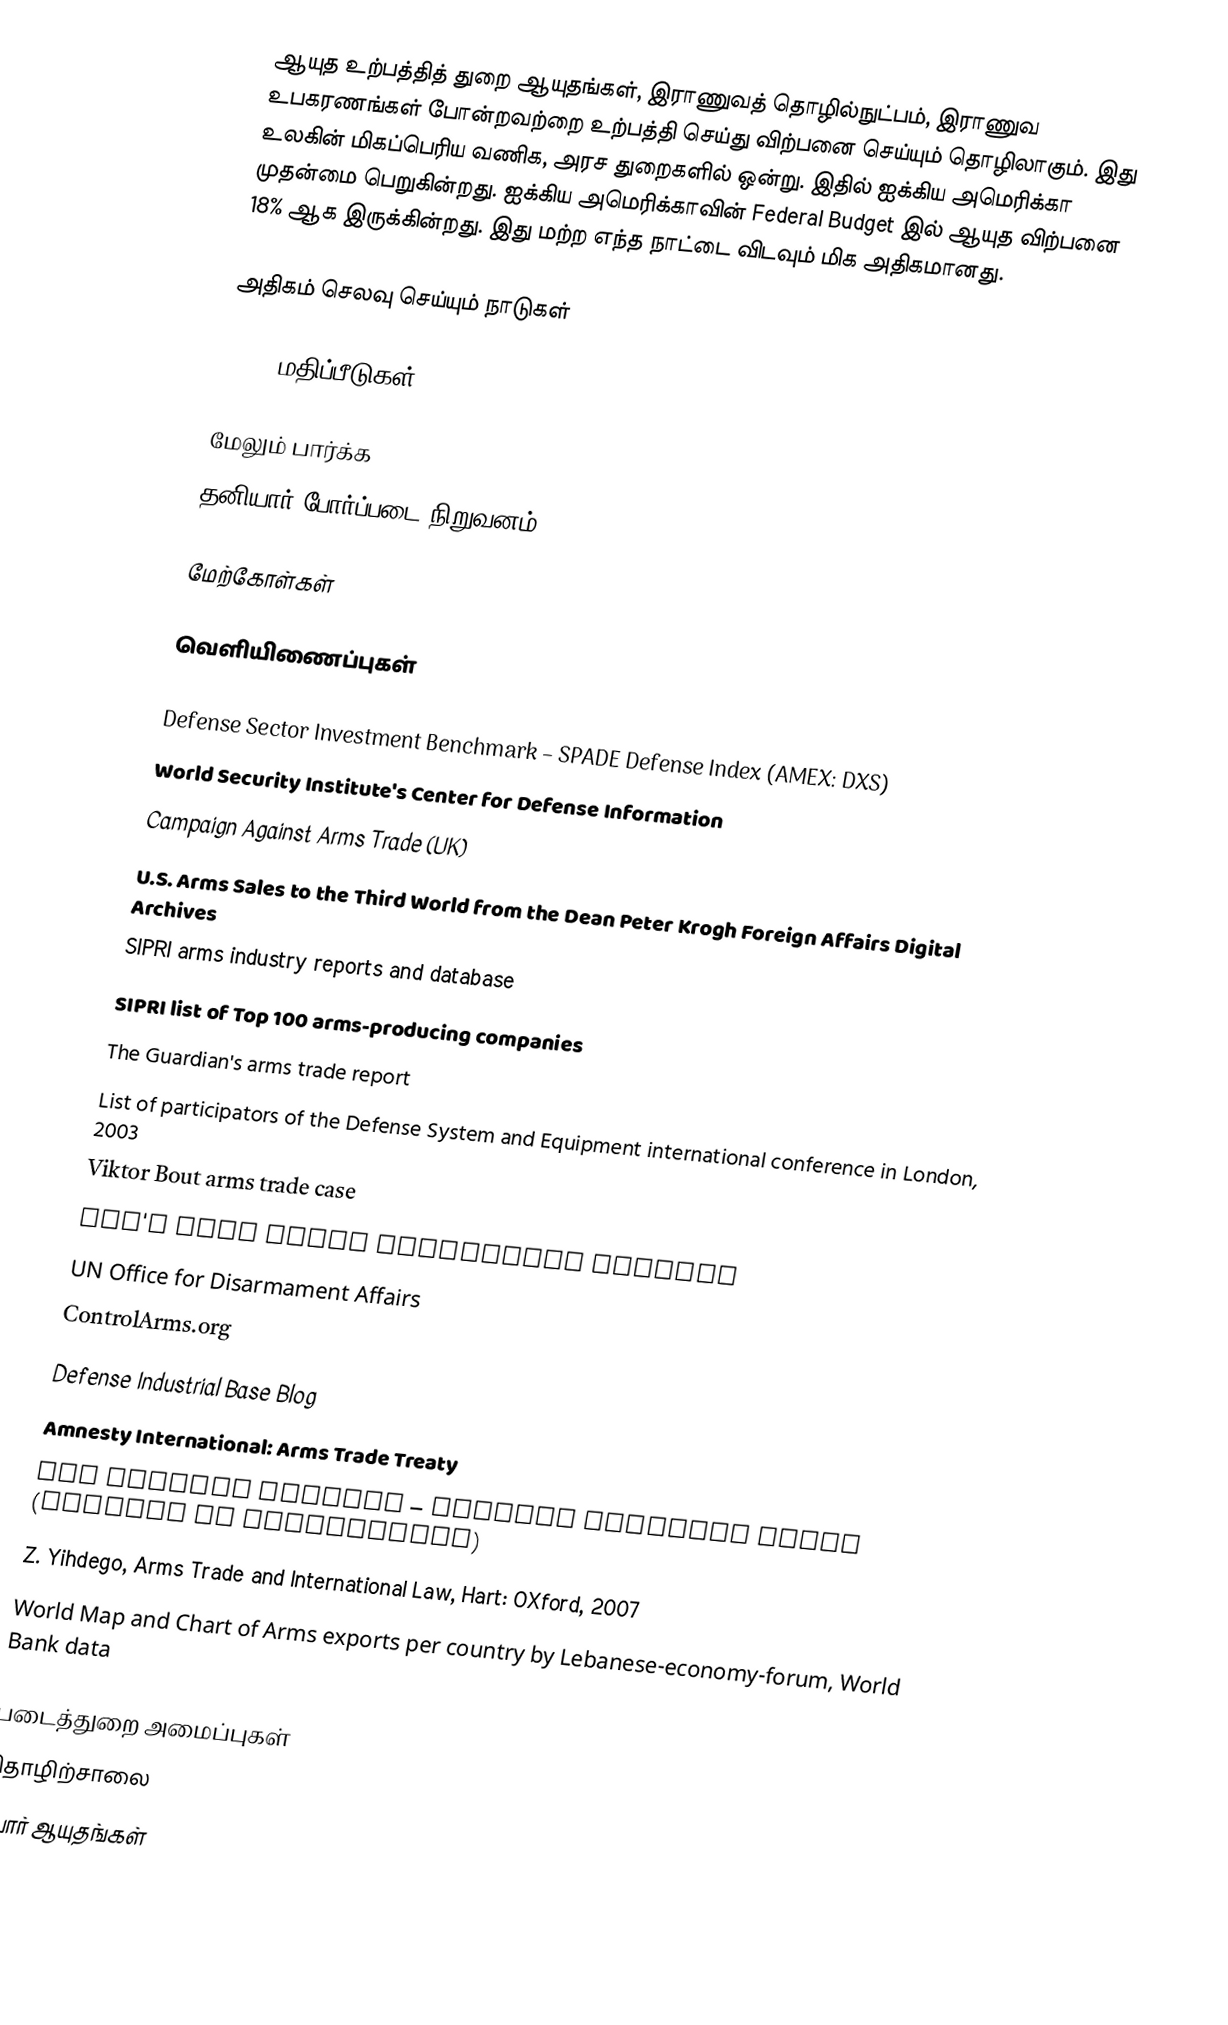
ஆயுத உற்பத்தித் துறை ஆயுதங்கள், இராணுவத் தொழில்நுட்பம், இராணுவ உபகரணங்கள் போன்றவற்றை உற்பத்தி செய்து விற்பனை செய்யும் தொழிலாகும். இது உலகின் மிகப்பெரிய வணிக, அரச துறைகளில் ஒன்று. இதில் ஐக்கிய அமெரிக்கா முதன்மை பெறுகின்றது. ஐக்கிய அமெரிக்காவின் Federal Budget இல் ஆயுத விற்பனை 18% ஆக இருக்கின்றது. இது மற்ற எந்த நாட்டை விடவும் மிக அதிகமானது.

அதிகம் செலவு செய்யும் நாடுகள்

 SIPRI மதிப்பீடுகள்

மேலும் பார்க்க
 தனியார் போர்ப்படை நிறுவனம்

மேற்கோள்கள்

வெளியிணைப்புகள்

 Defense Sector Investment Benchmark – SPADE Defense Index (AMEX: DXS)
 World Security Institute's Center for Defense Information
 Campaign Against Arms Trade (UK)
U.S. Arms Sales to the Third World from the Dean Peter Krogh Foreign Affairs Digital Archives
 SIPRI arms industry reports and database
 SIPRI list of Top 100 arms-producing companies
 The Guardian's arms trade report
 List of participators of the Defense System and Equipment international conference in London, 2003
 Viktor Bout arms trade case
 FAS's Arms Sales Monitoring Project
 UN Office for Disarmament Affairs
 ControlArms.org
Defense Industrial Base Blog
 Amnesty International: Arms Trade Treaty
 The British Library – Defence Industry Guide (sources of information)
 Z. Yihdego, Arms Trade and International Law, Hart: OXford, 2007
 World Map and Chart of Arms exports per country by Lebanese-economy-forum, World Bank data

படைத்துறை அமைப்புகள்
தொழிற்சாலை
போர் ஆயுதங்கள்